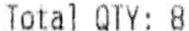
TOTAL QTY: 8